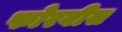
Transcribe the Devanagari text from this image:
फोरबीस